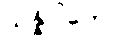
သန္နိပါတော